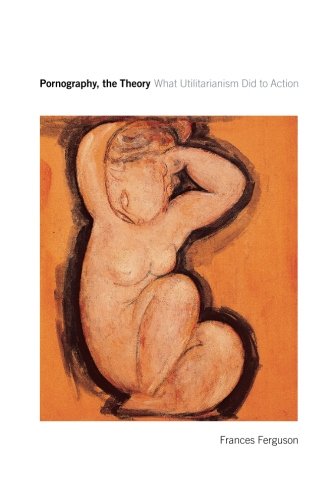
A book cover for Pornography, the Theory: What Utilitarianism Did to Action; Frances Ferguson; Gay & Lesbian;